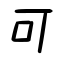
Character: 可